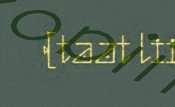
(taat lii